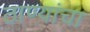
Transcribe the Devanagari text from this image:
ठाण्यांचा